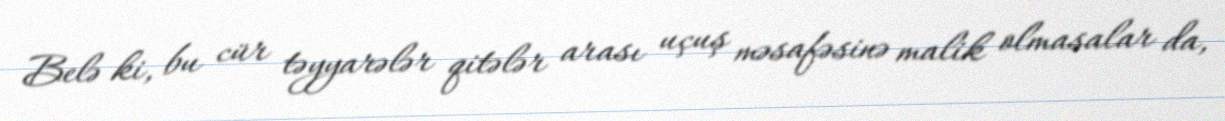
Belə ki, bu cür təyyarələr qitələr arası uçuş məsafəsinə malik olmasalar da,